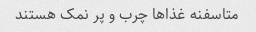
متاسفنه غذا‌ها چرب و پر نمک هستند